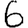
Digit: 6